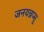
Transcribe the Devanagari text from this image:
जनयन्नप्सु